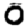
Digit: 0